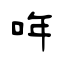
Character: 哖